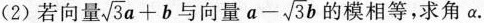
(2) 若向量 $$\sqrt { 3 } a + b$$ 与向量 $$a - \sqrt { 3 } b$$ 的模相等，求角α.